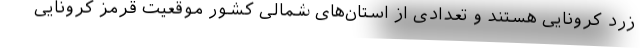
زرد کرونایی هستند و تعدادی از استان‌های شمالی کشور موقعیت قرمز کرونایی